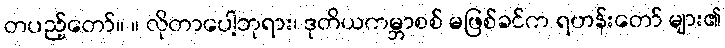
တပည့်တော်။ ။ လိုတာပေါ့ဘုရား၊ ဒုတိယကမ္ဘာစစ် မဖြစ်ခင်က ရဟန်းတော် များ၏